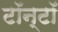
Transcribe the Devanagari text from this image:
टॉन्टॉ